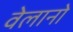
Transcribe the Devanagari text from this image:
वेलानो